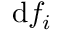
\mathrm { d } f _ { i }